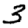
Digit: 3